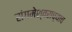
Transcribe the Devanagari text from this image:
संगमेश्वराच्याच